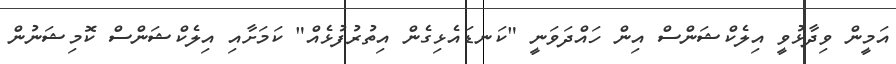
އަމީން ވިދާޅުވީ އިލެކްޝަންސް އިން ހައްދަވަނީ "ކަނޑައެޅިގެން އިތުރުފުޅެއް" ކަމަށާއި އިލެކްޝަންސް ކޮމިޝަނުން